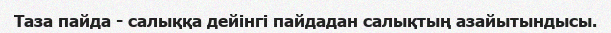
Таза пайда - салыққа дейінгі пайдадан салықтың азайытындысы.